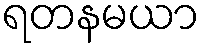
ရတနမယာ